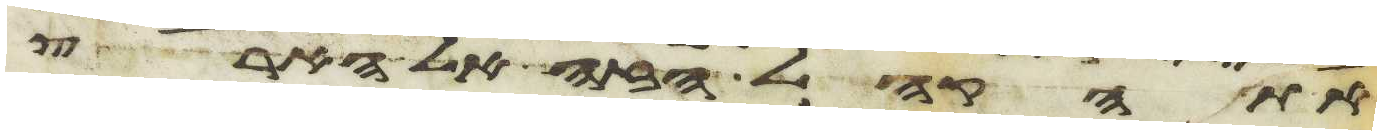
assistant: את הקהל הזה אל הארץ